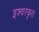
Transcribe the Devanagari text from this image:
इश्वरकृत